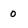
Character: 0